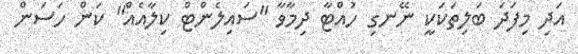
އަދި މިފަދަ ބަލިތަކަކީ ނޭނގި ހުއްޓާ ދިމާވާ "ސައިލެންޓް ކިލާއެއް" ކަން ހަސަން